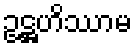
ဥဋ္ဌဟိဿာမ